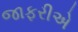
જાફરીએ